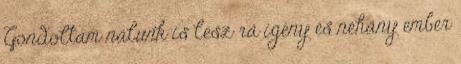
Gondoltam nálunk is lesz rá igény és néhány ember